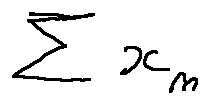
\sum x _ { n }